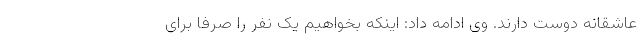
عاشقانه دوست دارند. وی ادامه داد: اینکه بخواهیم یک نفر را صرفا برای